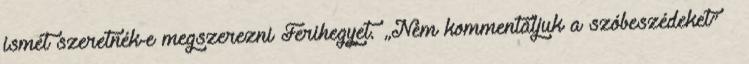
ismét szeretnék-e megszerezni Ferihegyet. „Nem kommentáljuk a szóbeszédeket” –